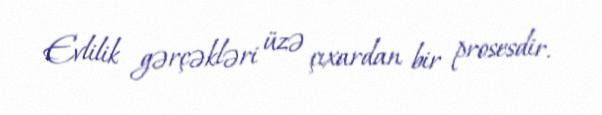
Evlilik gərçəkləri üzə çıxardan bir prosesdir.